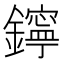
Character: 鑏